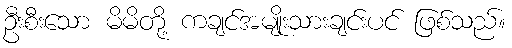
ဦးစီးသော မိမိတို့ ကချင်အမျိုးသားချင်းပင် ဖြစ်သည်။